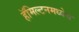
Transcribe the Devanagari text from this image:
हॅमिल्टनमध्येच